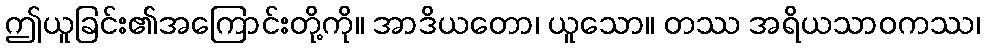
ဤယူခြင်း၏အကြောင်းတို့ကို။ အာဒိယတော၊ ယူသော။ တဿ အရိယသာဝကဿ၊